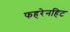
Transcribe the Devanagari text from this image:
फहरेनहिट